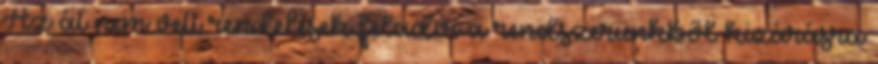
Az át nem vett rendelések feladói a rendszerünkből kizárásra